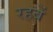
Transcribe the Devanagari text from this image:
रहबें